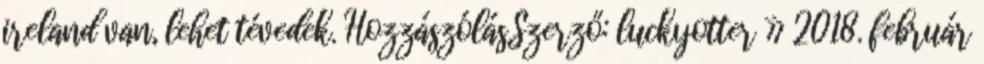
ireland van, lehet tévedek. HozzászólásSzerző: luckyotter » 2018. február